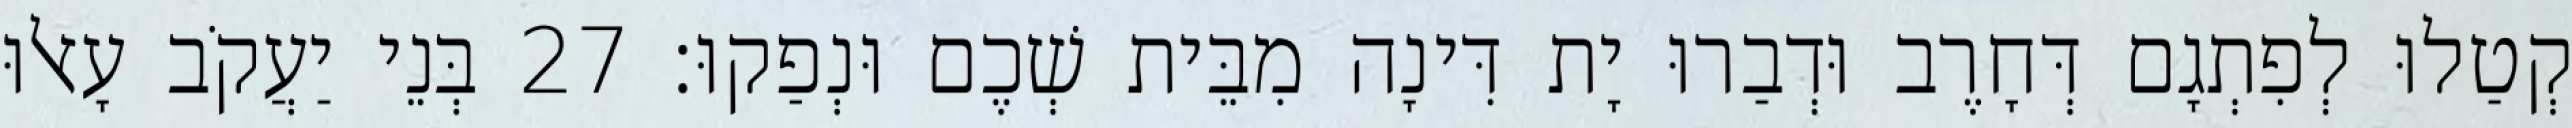
קְטַלוּ לְפִתְגָם דְּחָרֶב וּדְבַרוּ יָת דִּינָה מִבֵּית שְׁכֶם וּנְפַקוּ׃ 27 בְּנֵי יַעֲקֹב עָאלוּ